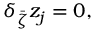
\delta _ { \bar { \zeta } } z _ { j } = 0 , \quad